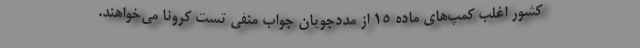
کشور اغلبِ کمپ‌های ماده 15 از مددجویان جواب منفیِ تست کرونا می‌خواهند.